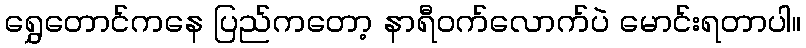
ရွှေတောင်ကနေ ပြည်ကတော့ နာရီဝက်လောက်ပဲ မောင်းရတာပါ။